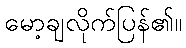
မော့ချလိုက်ပြန်၏။